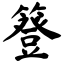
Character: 簦